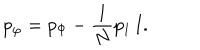
p _ { \varphi } = p _ { \Phi } - { \frac { 1 } { N } } p _ { 1 } \, { \bf I } .